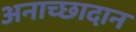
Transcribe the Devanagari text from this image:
अनाच्छादान